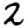
Digit: 2